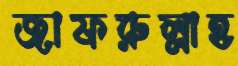
জাফরুল্লাহ